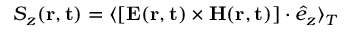
S _ { z } ( { \bf r , t } ) = \langle [ { \bf E } ( { \bf r , t } ) \times { \bf H } ( { \bf r , t } ) ] \cdot \hat { e } _ { z } \rangle _ { T }